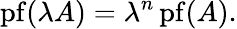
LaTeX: \operatorname{pf}(\lambda A)=\lambda^{n}\operatorname{pf}(A).